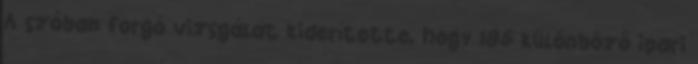
A szóban forgó vizsgálat kiderítette, hogy 185 különböző ipari